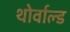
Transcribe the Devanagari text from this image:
थोर्वाल्ड